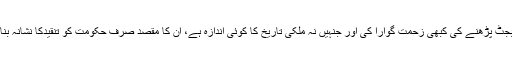
یہ باتیں وہ ”دانشور“ کر رہے ہیں جنہوں نے آج تک خود نہ تو بجٹ پڑھنے کی کبھی زحمت گوارا کی اور جنہیں نہ ملکی تاریخ کا کوئی اندازہ ہے، ان کا مقصد صرف حکومت کو تنقیدکا نشانہ بنانا ہے لہٰذا وہ اس ”عظیم مقصد“ میں اپنا کوئی ثانی نہیں رکھتے۔